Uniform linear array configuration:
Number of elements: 12
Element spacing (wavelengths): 0.75
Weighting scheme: hamming
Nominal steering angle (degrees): -15
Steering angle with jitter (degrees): -15.499
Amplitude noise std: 0.05
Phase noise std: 0.05

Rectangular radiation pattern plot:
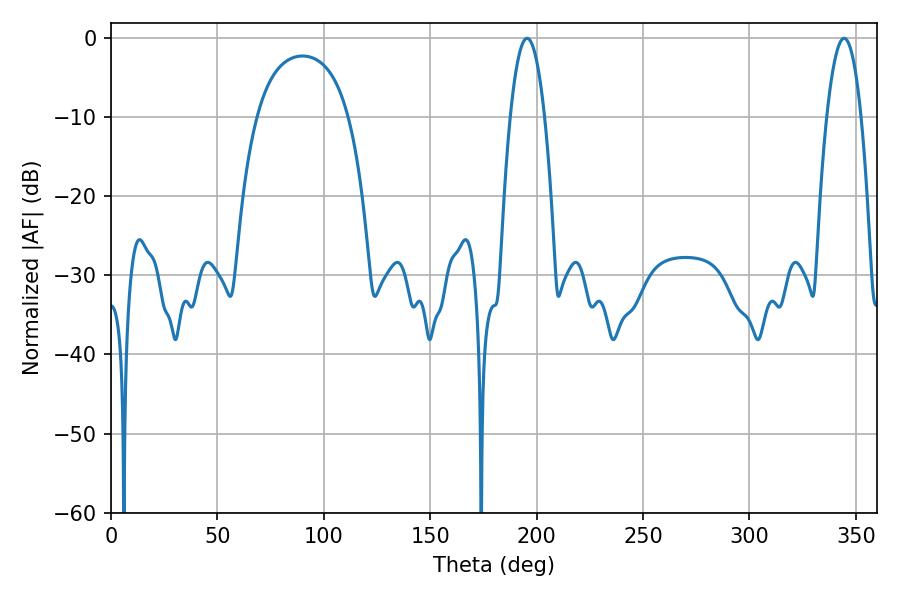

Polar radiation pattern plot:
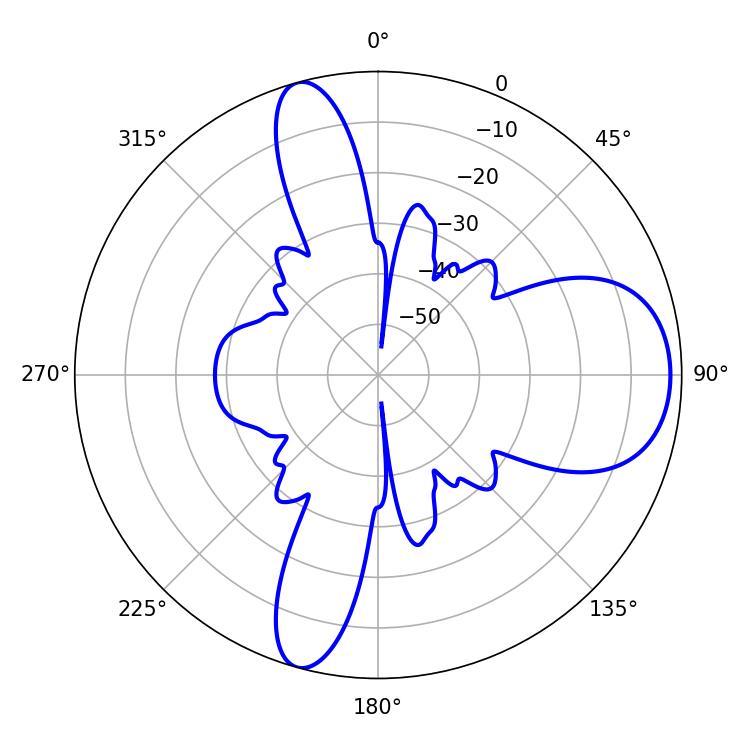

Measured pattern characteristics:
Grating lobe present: TRUE
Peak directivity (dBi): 9.661
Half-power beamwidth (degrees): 8.82
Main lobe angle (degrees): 195.48